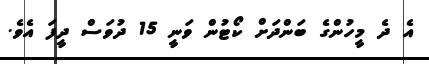
އެ ދެ މީހުންގެ ބަންދަށް ކޯޓުން ވަނީ 15 ދުވަސް ދީފަ އެވެ.